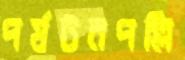
পর্যটনপল্লি